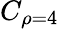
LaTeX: C_{\rho=4}